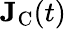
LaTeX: \mathbf{J}_{\textrm{C}}(t)